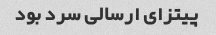
پیتزای ارسالی سرد بود